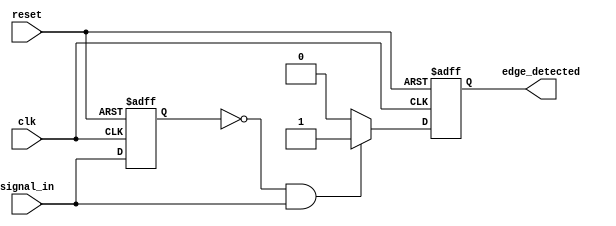
module rising_edge_detector (
    input wire clk,                // Clock input
    input wire reset,              // Asynchronous reset
    input wire signal_in,          // Input signal to detect rising edge
    output reg edge_detected       // Output signal indicating a rising edge
);

    // Register to hold the previous state of signal_in
    reg previous_state;

    // Always block for synchronous operation
    always @(posedge clk or posedge reset) begin
        if (reset) begin
            // Initialize states on reset
            previous_state <= 1'b0;
            edge_detected <= 1'b0;
        end else begin
            // Edge detection logic
            if (previous_state == 1'b0 && signal_in == 1'b1) begin
                edge_detected <= 1'b1; // Rising edge detected
            end else begin
                edge_detected <= 1'b0;  // No rising edge detected
            end
            
            // Update previous state
            previous_state <= signal_in;
        end
    end

endmodule